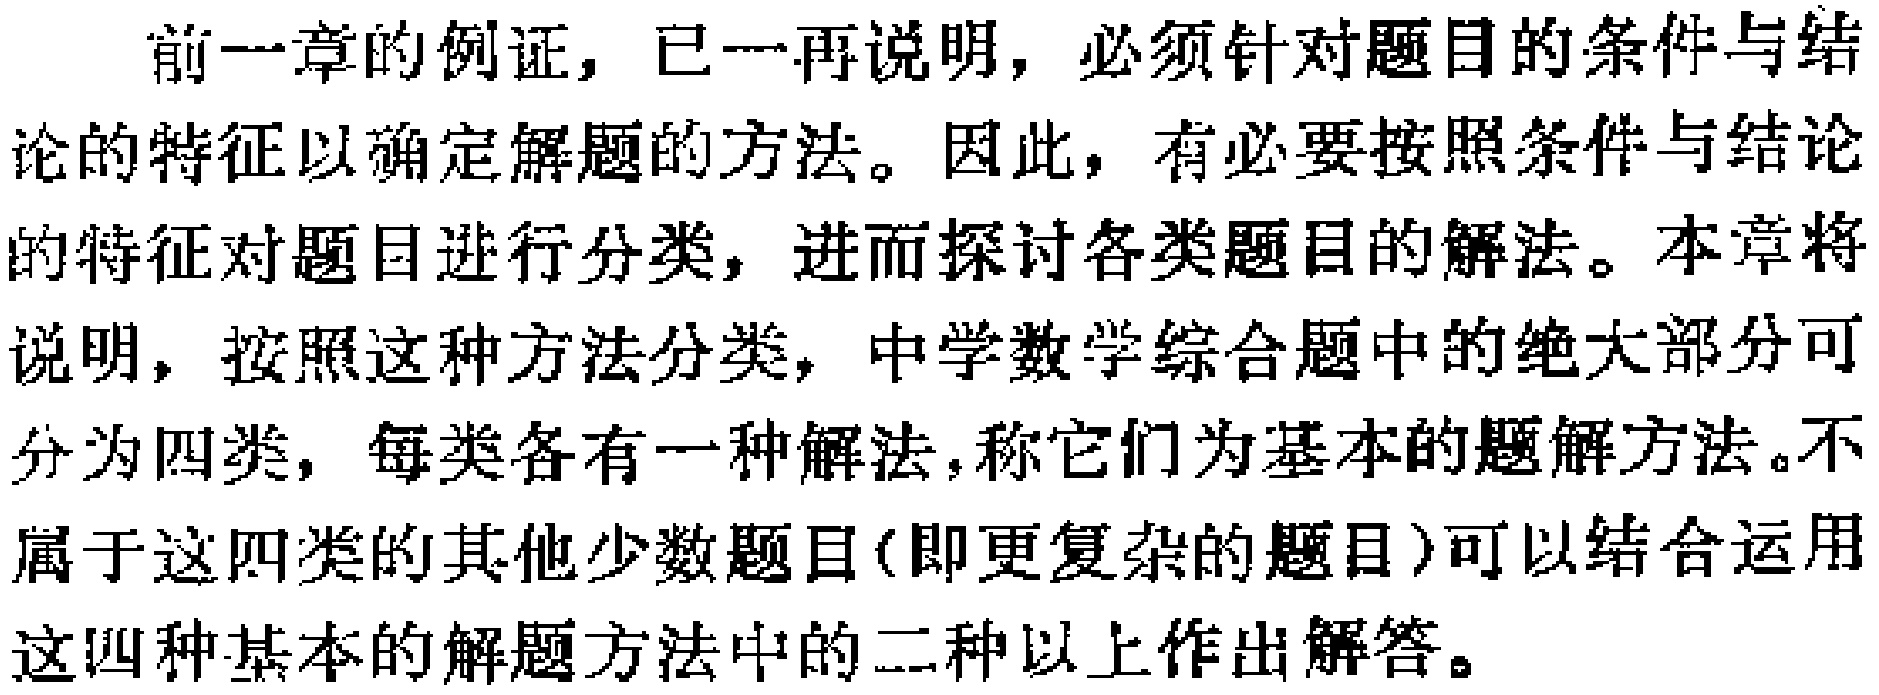
前一章的例证，已一再说明，必须针对题目的条件与结论的特征以确定解题的方法。因此，有必要按照条件与结论的特征对题目进行分类，进而探讨各类题目的解法。本章将说明，按照这种方法分类，中学数学综合题中的绝大部分可分为四类，每类各有一种解法，称它们为基本的题解方法。不属于这四类的其他少数题目(即更复杂的题目)可以结合运用这四种基本的解题方法中的二种以上作出解答。